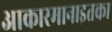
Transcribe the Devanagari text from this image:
आकारमानाइतका